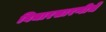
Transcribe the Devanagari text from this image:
विचारसारणीचे